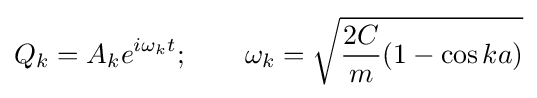
Q_{k}=A_{k}e^{i\omega _{k}t};\qquad \omega _{k}={\sqrt {{\frac {2C}{m}}(1-\cos {ka})}}